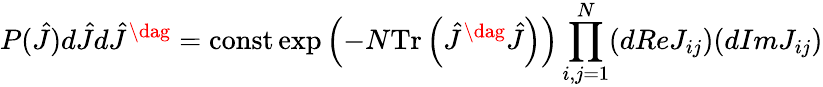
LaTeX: P(\hat{J})d\hat{J}d\hat{J}^{\dag}=\mathrm{const}\exp\left(-N\mathrm{Tr}\left(\hat{J}^{\dag}\hat{J}\right)\right)\prod_{i,j=1}^{N}(dReJ_{ij})(dImJ_{ij})